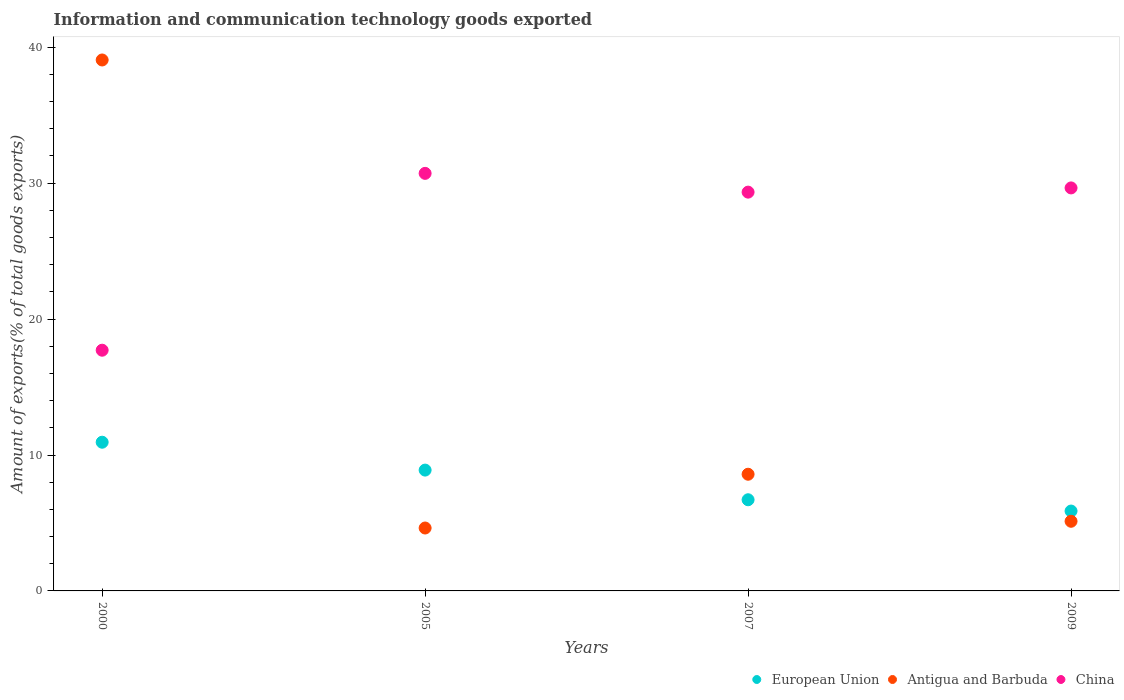
| Years | European Union | Antigua and Barbuda | China |
 | --- | --- | --- | --- |
 | 2000 | 10.9 | 39.1 | 17.7 |
 | 2005 | 8.89 | 4.63 | 30.7 |
 | 2007 | 6.71 | 8.58 | 29.3 |
 | 2009 | 5.88 | 5.12 | 29.7 |